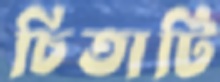
চিতাটি